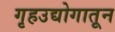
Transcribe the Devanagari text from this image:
गृहउद्योगातून